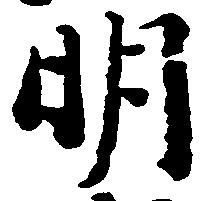
明